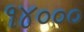
૧૪૦૦૦